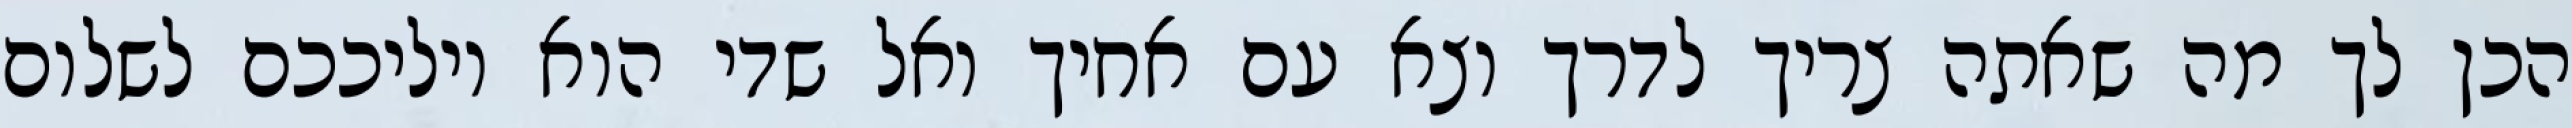
הכן לך מה שאתה צריך לדרך וצא עם אחיך ואל שדי הוא יוליככם לשלום